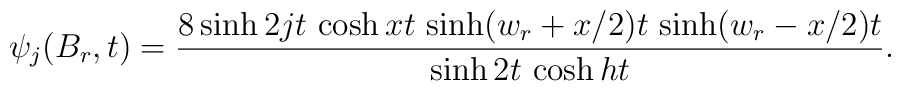
\psi _{j}(B_{r},t)=\frac{8\sinh 2jt\,\cosh xt\,\sinh (w_{r}+x/2)t\,\sinh(w_{r}-x/2)t}{\sinh 2t\,\cosh ht}.